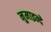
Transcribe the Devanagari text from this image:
नुमाइन्दे